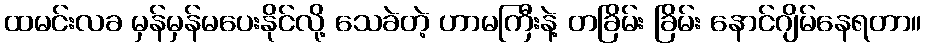
ထမင်းလခ မှန်မှန်မပေးနိုင်လို့ သေခဲတဲ့ ဟာမကြီးနဲ့ တခြိမ်း ခြိမ်း နောင်ဂျိမ်နေရတာ။